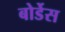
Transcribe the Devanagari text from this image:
बोर्डेस